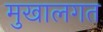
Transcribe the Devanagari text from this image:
मुखालगत